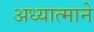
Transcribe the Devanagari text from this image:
अध्यात्माने